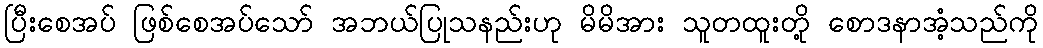
ပြီးစေအပ် ဖြစ်စေအပ်သော် အဘယ်ပြုသနည်းဟု မိမိအား သူတထူးတို့ စောဒနာအံ့သည်ကို